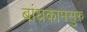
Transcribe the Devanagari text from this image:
बांधकामसुरु